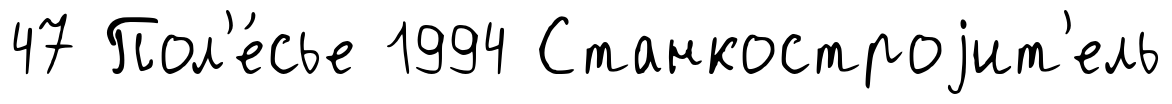
47 Пол'е́сье 1994 Станкостроjит'ель